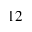
^ { 1 2 }